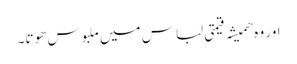
اور وہ ھمیشہ قیمتی لباس میں ملبوس ھوتا۔